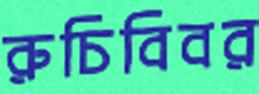
রুচিবিবর